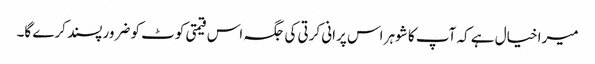
میرا خیال ہے کہ آپ کا شوہر اس پرانی کرتی کی جگہ اس قیمتی کوٹ کو ضرور پسند کرے گا۔